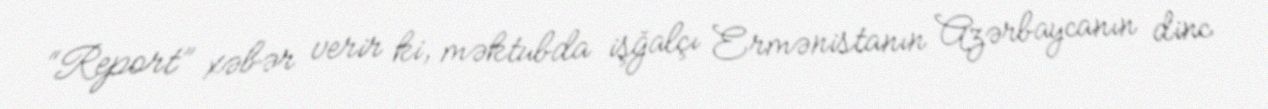
“Report” xəbər verir ki, məktubda işğalçı Ermənistanın Azərbaycanın dinc